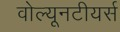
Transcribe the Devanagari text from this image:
वोल्यूनटीयर्स